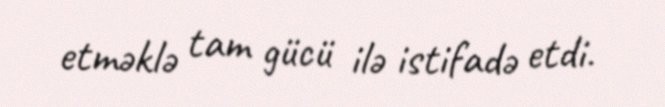
etməklə tam gücü ilə istifadə etdi.